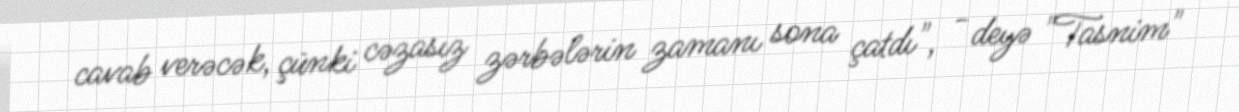
cavab verəcək, çünki cəzasız zərbələrin zamanı sona çatdı", - deyə "Tasnim"